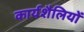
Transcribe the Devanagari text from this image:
कार्यशैलियों